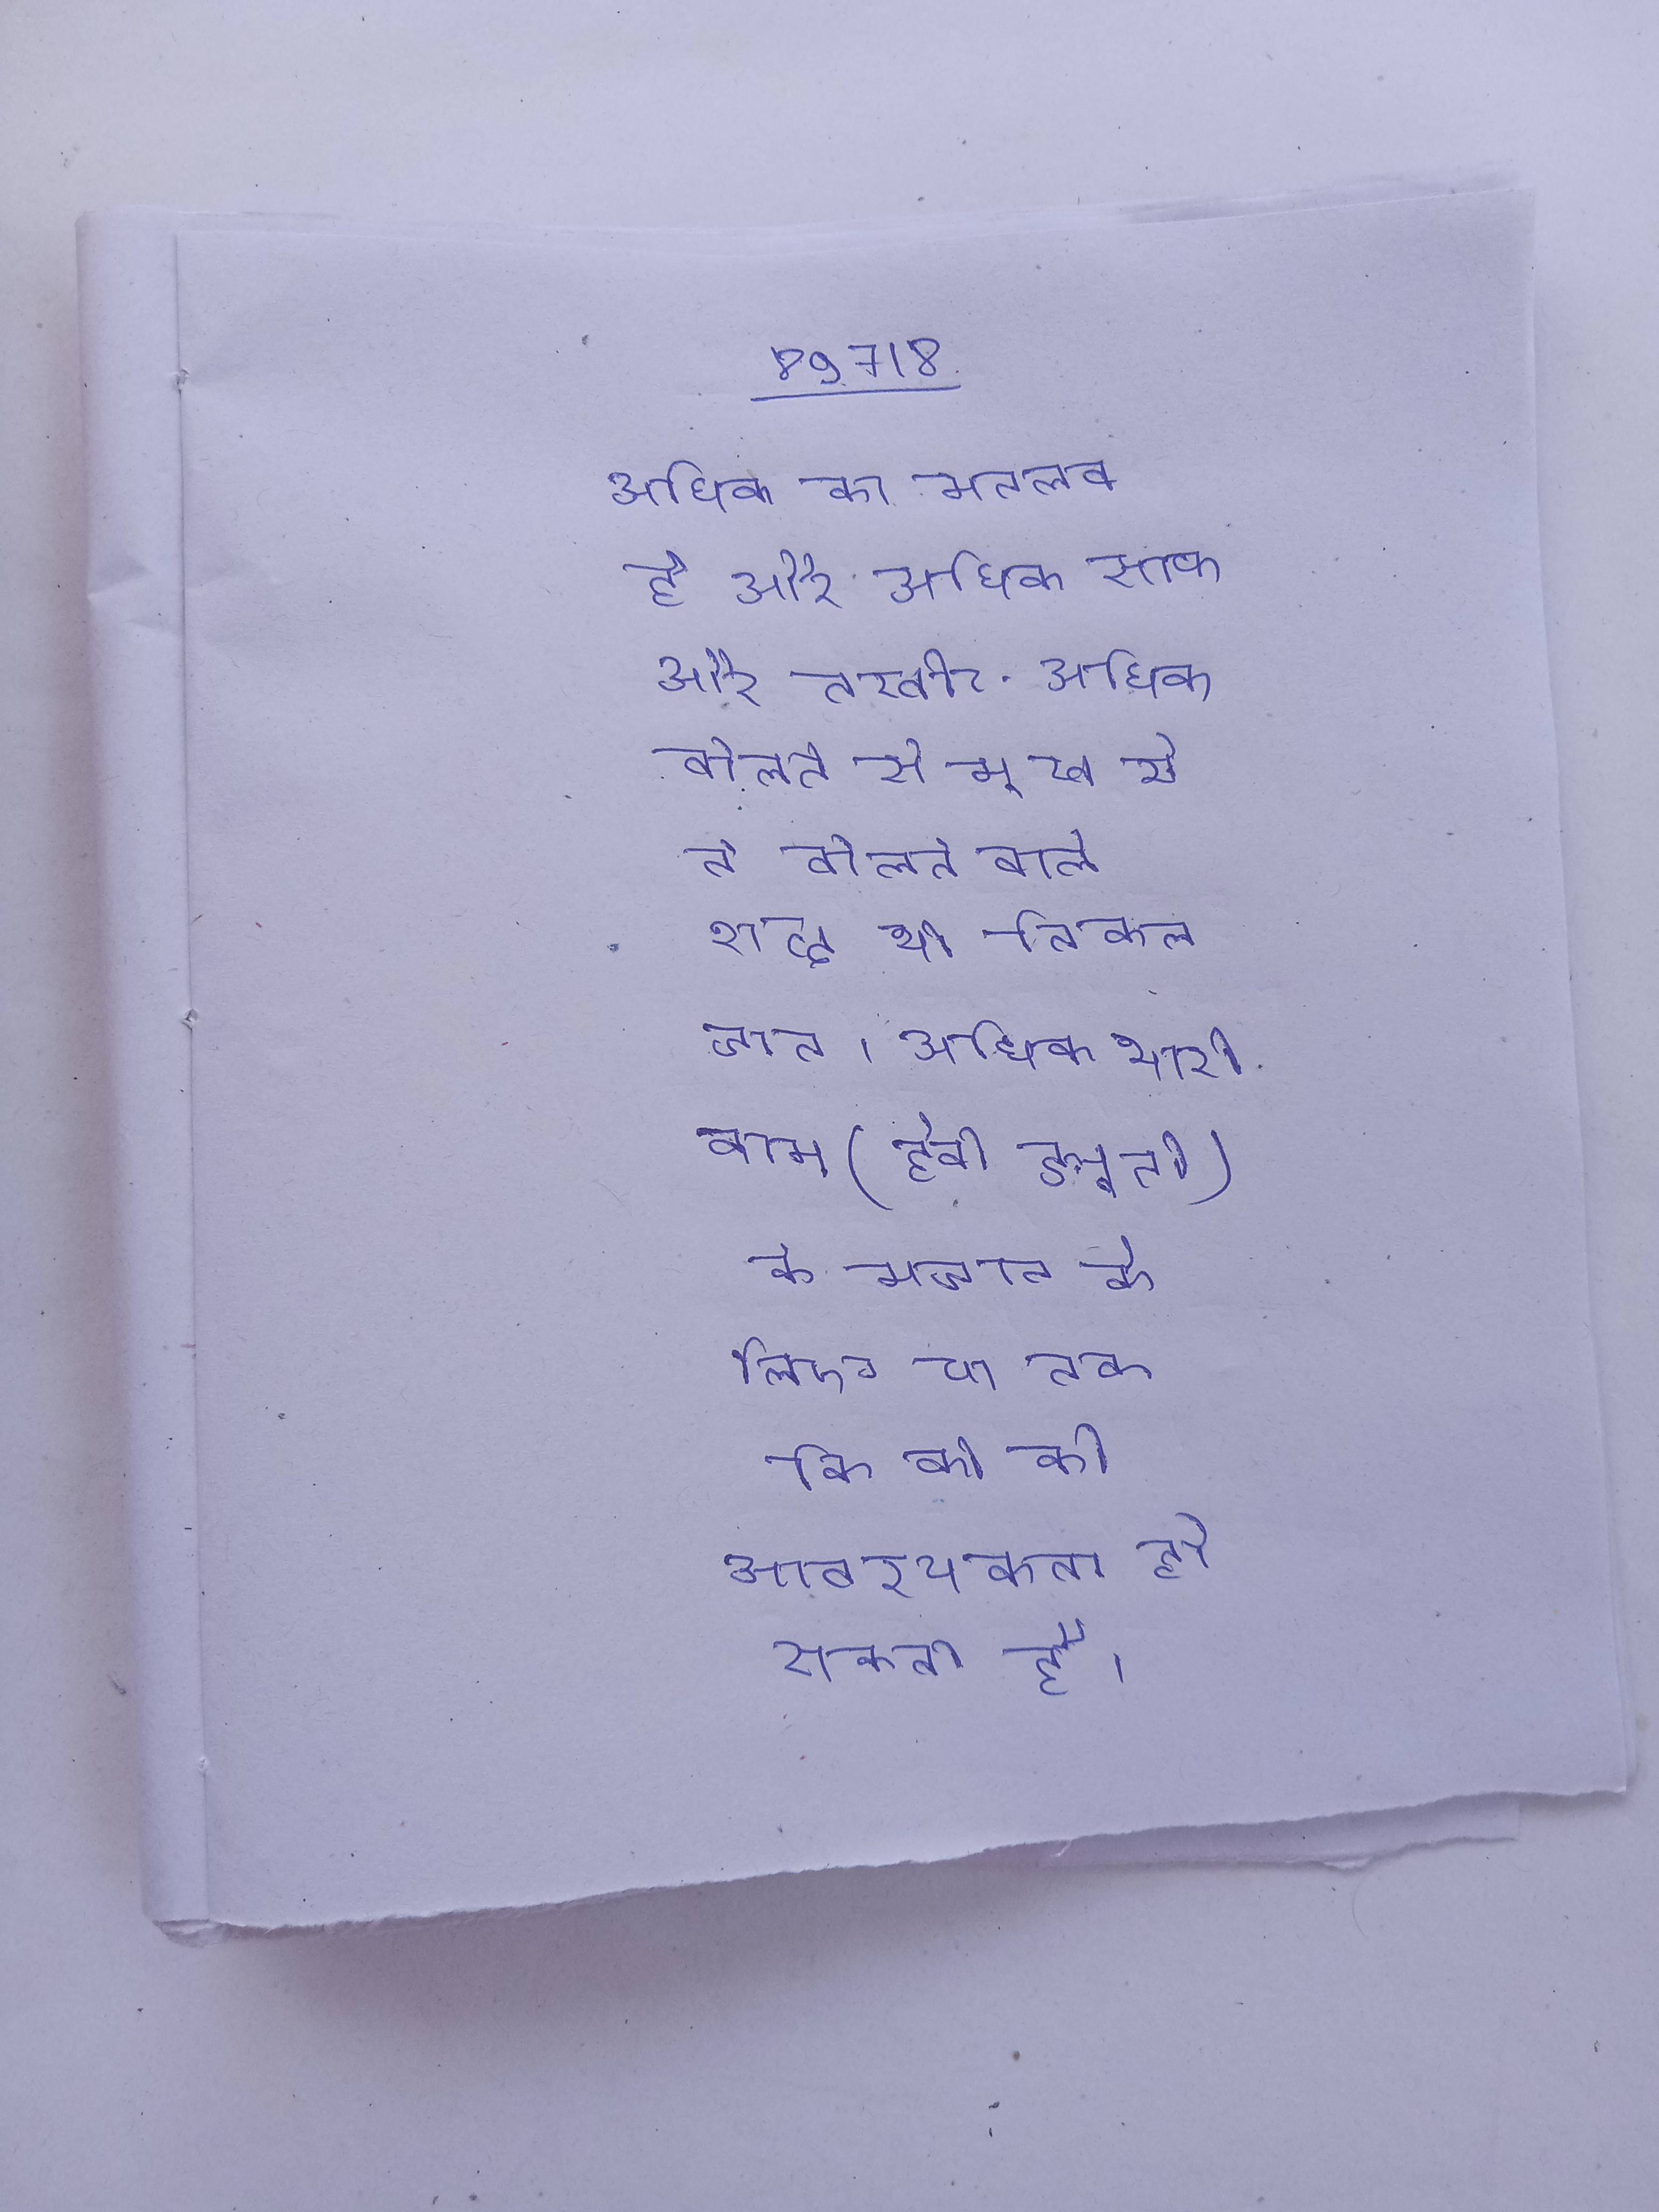
अधिक का मतलब है और अधिक साफ और तस्वीर . अधिक बोलने से मुख से न बोलने वाले शब्द भी निकल जाते । अधिक भारी काम (हैवी ड्यूटी) के मचान के लिए या तक कि की की आवश्यकता हो सकती है ।